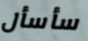
سأسأل